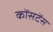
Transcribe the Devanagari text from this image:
कोंसटेंस